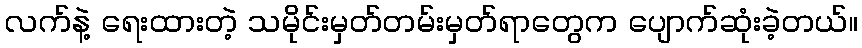
လက်နဲ့ ရေးထားတဲ့ သမိုင်းမှတ်တမ်းမှတ်ရာတွေက ပျောက်ဆုံးခဲ့တယ်။